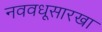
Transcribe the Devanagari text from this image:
नववधूसारखा